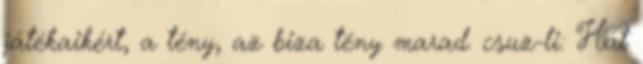
játékaikért, a tény, az biza tény marad. csuz-li: Hát